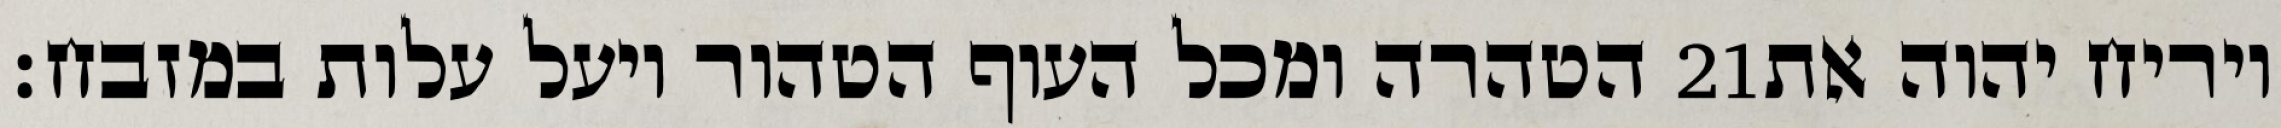
הטהרה ומכל העוף הטהור ויעל עלות במזבח׃ ‎21‏ ויריח יהוה את